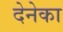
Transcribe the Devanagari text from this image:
देनेका